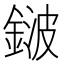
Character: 𨨏